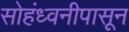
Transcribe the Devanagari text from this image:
सोहंध्वनीपासून